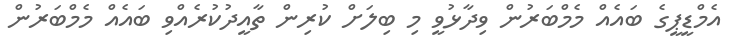
އެމްޑީޕީގެ ބައެއް މެމްބަރުން ވިދާޅުވީ މި ބިލަށް ކުރިން ތާއީދުކުރެއްވި ބައެއް މެމްބަރުން